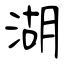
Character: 湖